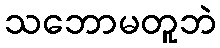
သဘောမတူဘဲ